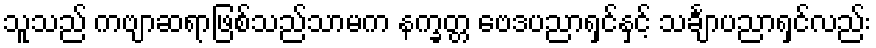
သူသည် ကဗျာဆရာဖြစ်သည်သာမက နက္ခတ္တ ဗေဒပညာရှင်နှင့် သင်္ချာပညာရှင်လည်း